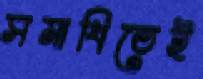
সমাধিতেই